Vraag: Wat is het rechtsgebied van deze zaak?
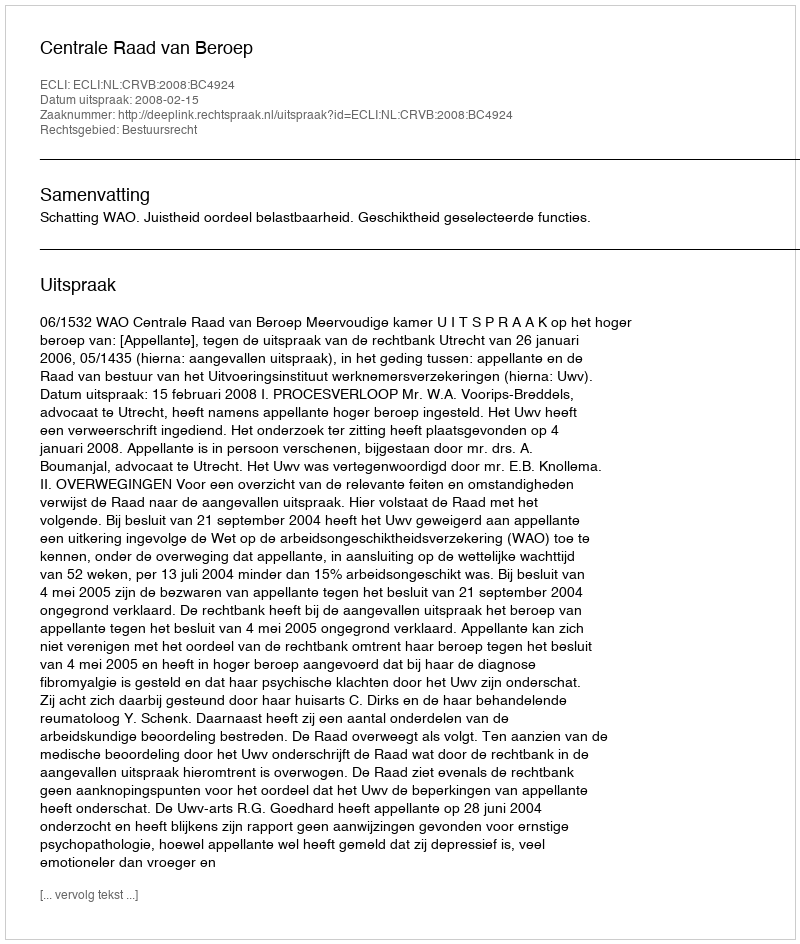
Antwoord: Bestuursrecht